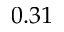
0 . 3 1